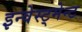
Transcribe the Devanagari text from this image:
इन्वेस्ट्मेन्ट